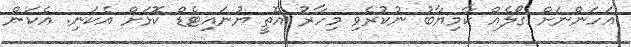
އަހަންނަށް ގޯލެއް ކާމިޔާބު ނުކުރެވި މިހާރު އޮތީ ޔުނައިޓެޑް ކޮޅަށް އެކަނި. އެކަން